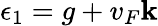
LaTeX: \epsilon_{1}=g+v_{F}\mathbf{k}